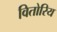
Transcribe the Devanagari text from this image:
वितोरिय